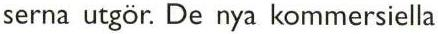
serna utgör. De nya kommersiella